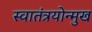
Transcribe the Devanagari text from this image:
स्वातंत्रयोन्मुख